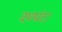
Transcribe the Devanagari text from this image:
दशघंटा